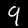
Digit: 9